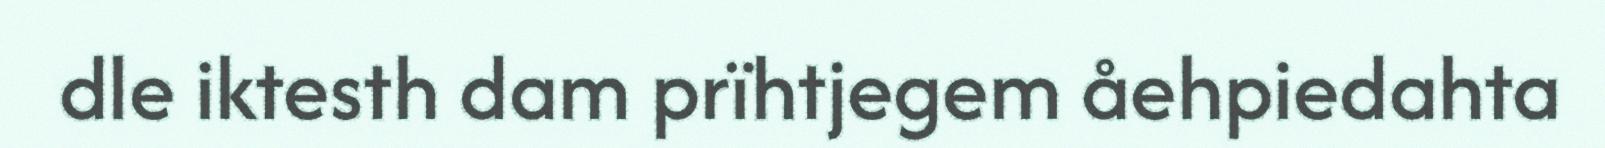
dle iktesth dam prïhtjegem åehpiedahta